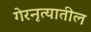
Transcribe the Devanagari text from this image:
गेरनृत्यातील